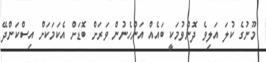
މޫނުގެ ކުލަ އަލިވެ ދޮންވުމަކީ ބައެއް އަންހެނުން ވަރަށް ބޮޑަށް އެކަމަކަށް އިސްކަންދޭ